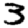
Digit: 3